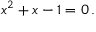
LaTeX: x ^ { 2 } + x - 1 = 0 \, .